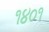
૧૪૦૧